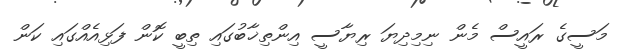
މަސީގެ ރައީސް މެން ނިމިދިޔަ ރިޔާސީ އިންތިޚާބުގައި ތިބީ ކޮން ފަޅިއެއްގައި ކަން